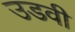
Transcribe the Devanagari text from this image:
उडवी